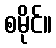
စမိုင်။